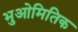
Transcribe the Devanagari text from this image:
भुओमितिक